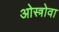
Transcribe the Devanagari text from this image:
ओस्त्रोवा